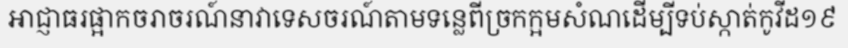
អាជ្ញាធរផ្អាកចរាចរណ៍នាវាទេសចរណ៍តាមទន្លេពីច្រកក្អមសំណដើម្បីទប់ស្កាត់កូវីដ១៩